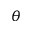
\theta